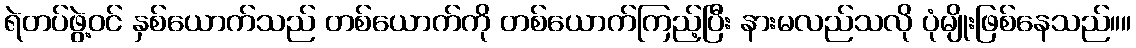
ရဲတပ်ဖွဲ့ဝင် နှစ်ယောက်သည် တစ်ယောက်ကို တစ်ယောက်ကြည့်ပြီး နားမလည်သလို ပုံမျိုးဖြစ်နေသည်။။